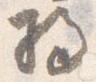
将